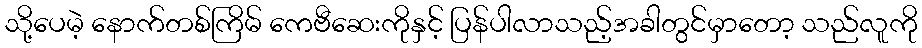
သို့ပေမဲ့ နောက်တစ်ကြိမ် ကေဗီဆေးကိုနှင့် ပြန်ပါလာသည့်အခါတွင်မှာတော့ သည်လူကို